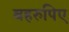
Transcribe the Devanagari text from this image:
बहरुपिए